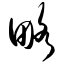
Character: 略